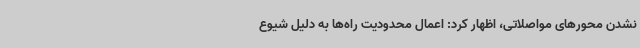
نشدن محورهای مواصلاتی، اظهار کرد: اعمال محدودیت راه‌ها به دلیل شیوع